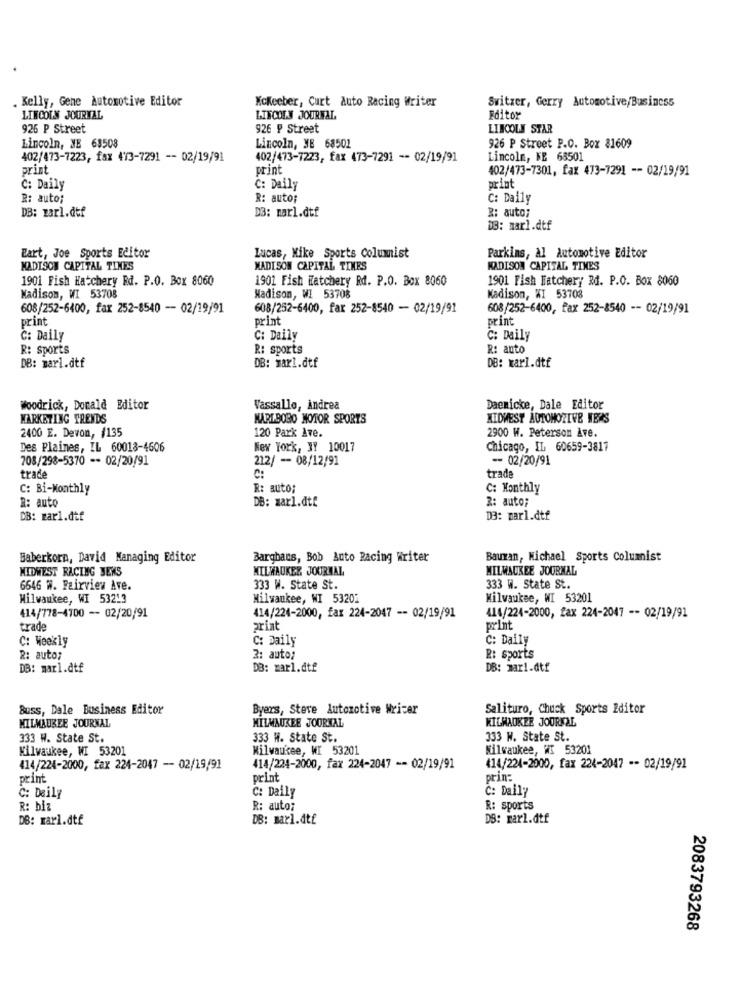
. Kelly, Gene Automotive Editor
McKeeber, Curt Auto Racing Writer
Switzer, Gerry Automotive/Business
LINCOLN JOURNAL
LINCOLN JOURNAL
Fditor
925 P Street
926 ₽ Street
LINCOLN STAR
Lincoln, NE 68508
Lincoln, NE 68501
926 P Street P.O. Box 81609
402/473-7223, fax 473-7291 -- 02/19/91
402/473-7223, fax 473-7291 -- 02/19/91
Lincoln, FE 68501
print
print
402/473-7301, fax 473-7291 -- 02/19/91
C: Daily
C: Daily
print
R: auto;
R: auto;
C: Daily
R: auto;
DB: zarl.dtf
D3: marl.dtf
D3: marl.dtf
Eart, Joe Sports Editor
Lucas, Mike Sports Columnist
Parkins, Al Automotive Editor
MADISON CAPITAL TINES
MADISON CAPITAL TIMES
MADISON CAPITAL TIMES
1901 Fish Hatchery Ed. P.O. Box 8060
1901 Fish Hatchery Rd. P.O. Box 8060
1901 Fish Hatchery Rd. P.O. Box 8060
Madison, WI 53708
Madison, WI 53708
Madison, WI 53708
608/252-6400, fax 252-8540 - 02/19/91
608/252-6400, far 252-8540 - 02/19/91
608/252-6400, fax 252-8540 -- 02/19/91
print
print
print
C: Daily
C: Daily
C: Daily
R: sports
R: sports
R: auto
DB: marl.dtf
DB: marl.dtf
DB: Karl.dtf
Woodrick, Donald Editor
Vassallo, Andrea
Daenicke, Dale Editor
MARKETING TRENDS
KARLBOBO MOTOR SPORTS
MIDWEST AUTOMOTIVE NEWS
2400 E. Devon, #135
120 Park Ave.
2900 W. Peterson Ave.
Des Plaines, IL 60013-4606
New York, JY 10017
Chicago, IL 60659-3817
708/298-5370 -- 02/20/91
212/ - 08/12/91
-- 02/20/91
trade
trade
C:
C: Bi-Monthly
R: auto;
C: Monthly
DB: zarl.dtt
2: auto;
R: auto
DB: zarl.dtf
DB: marl.dtf
Haberkorn, David Managing Editor
Barghans, Bob Auto Racing Writer
Bauxan, Michael Sports Columnist
MIDWEST RACING JEWS
MILWAUKEE JOURNAL
MILWAUKEE JOURNAL
6646 W. Fairview Ave.
333 W. State St.
333 W. State St.
Milwaukee, WI 53213
Milwaukee, WI 53201
Milwaukee, WI 53201
414/778-4700 -- 02/20/91
414/224-2000, fax 224-2047 -- 02/19/91
414/224-2000, fax 224-2047 -- 02/19/91
trade
ariat
print
C: Weekly
C: Daily
C: Daily
R: auto;
2: auto;
R: sports
DB: marl.dtf
DB: marl.dtf
DB: mar1.dtf
Buss, Dale Business Editor
Byers, Steve Automotive Wricer
Salituro, Chuck Sports Editor
KILWAUKEE JOURNAL
MILWAUKEE JOURNAL
MILWAUKEE JOURNAL
333 W. State St.
333 H. State St.
333 W. State St.
Milwaukee, WI 53201
Milwaukee, WI 53201
Milwaukee, WI 53201
414/224-2000, fax 224-2047 - 02/19/91
414/224-2000, fax 224-2047 -- 02/19/91
414/224-2000, fax 224-2047 -- 02/19/91
print
print
prin:
C: Daily
C: Daily
C: Daily
R: biz
R: auto;
R: sports
DB: marl.dtf
DB: marl.dtf
DS: marl.dtf
2083793268